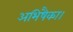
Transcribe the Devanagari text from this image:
अभिषैका।